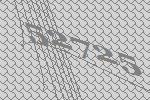
52725